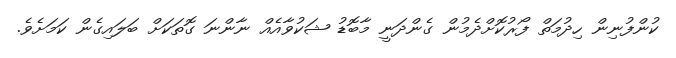
ކުންފުނިން ހިދުމަތް ފޯރުކޮށްދެމުން ގެންދަނީ މާބޮޑު ޝަކުވާއެއް ނާންނަ ގޮތަކަށް ބަލައިގެން ކަމަށެވެ.